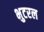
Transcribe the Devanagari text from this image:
भुटरल